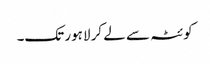
کوئٹہ سے لے کر لاہور تک۔